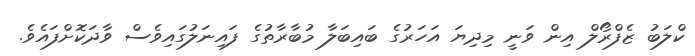
ކްލަބު ޒެފްރޯލް އިން ވަނީ މިދިޔަ އަހަރުގެ ބައިބަލާ މުބާރާތުގެ ފައިނަލުގައިވެސް ވާދަކޮށްފައެވެ.